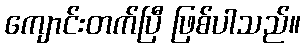
ကျောင်းတက်ပြီ ဖြစ်ပါသည်။